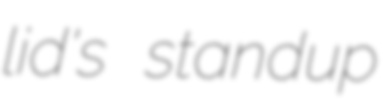
lid's standup